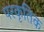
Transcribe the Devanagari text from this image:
परकृतिक